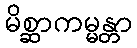
မိစ္ဆာကမ္မန္တာ